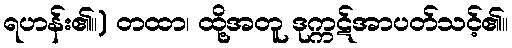
ရဟန်း၏။) တထာ၊ ထို့အတူ ဒုက္ကဋ်အာပတ်သင့်၏။